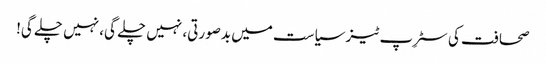
صحافت کی سٹرِپ ٹیز	سیاست میں بدصورتی، نہیں چلے گی، نہیں چلے گی!